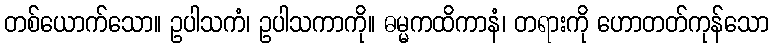
တစ်ယောက်သော။ ဥပါသကံ၊ ဥပါသကာကို။ ဓမ္မကထိကာနံ၊ တရားကို ဟောတတ်ကုန်သော